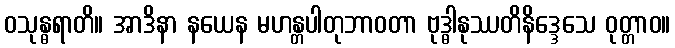
ဝသုန္ဓရာတိ။ အာဒိနာ နယေန မဟန္တပါတုဘာဝတာ ဗုဒ္ဓါနုဿတိနိဒ္ဒေသေ ဝုတ္တာဝ။